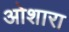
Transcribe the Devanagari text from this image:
ओशारा